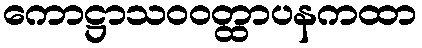
ကောဋ္ဌာသဝဝတ္ထာပနကထာ